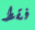
فقط